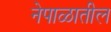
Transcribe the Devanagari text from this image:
नेपाळातील